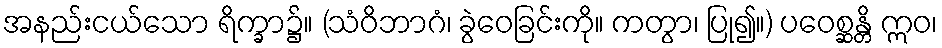
အနည်းငယ်သော ရိက္ခာ၌။ (သံဝိဘာဂံ၊ ခွဲဝေခြင်းကို။ ကတွာ၊ ပြု၍။) ပဝေစ္ဆန္တိ ဣဝ၊